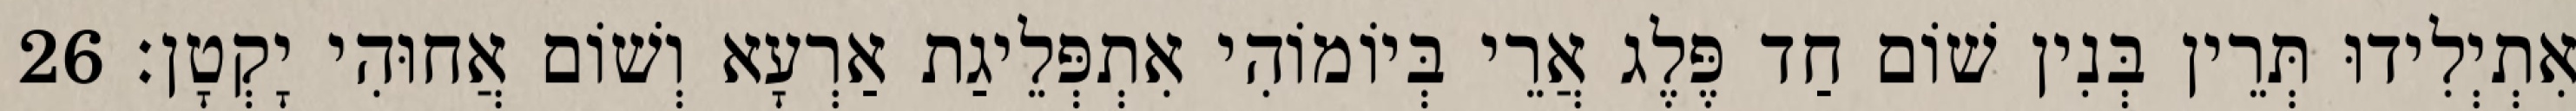
אִתְיְלִידוּ תְּרֵין בְּנִין שׁוֹם חַד פֶּלֶג אֲרֵי בְּיוֹמוֹהִי אִתְפְּלֵיגַת אַרְעָא וְשׁוֹם אֲחוּהִי יָקְטָן׃ 26